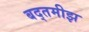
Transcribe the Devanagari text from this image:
बद्तमीझ